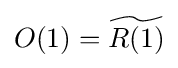
O(1)={\widetilde {R(1)}}